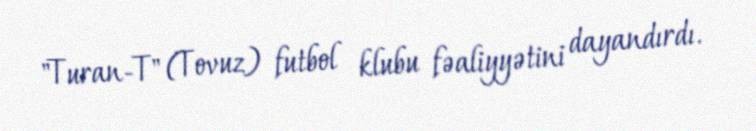
"Turan-T" (Tovuz) futbol klubu fəaliyyətini dayandırdı.